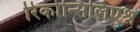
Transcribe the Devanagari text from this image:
रिकोन्सिलिएश्न